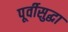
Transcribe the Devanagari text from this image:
पूर्वीसुद्धा